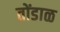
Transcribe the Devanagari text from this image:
तोंडाळ